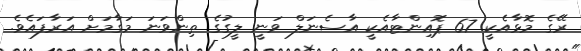
ރޭގެ މޮޅާއެކީ 67 ޕޮއިންޓާއެކީ އާސެނަލް ވަނީ ލީގުގެ ތިންވަނަ މަގާމަށް އަރާފައެވެ.